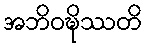
အဘိဝဍ္ဎိဿတိ